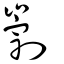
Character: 㓽